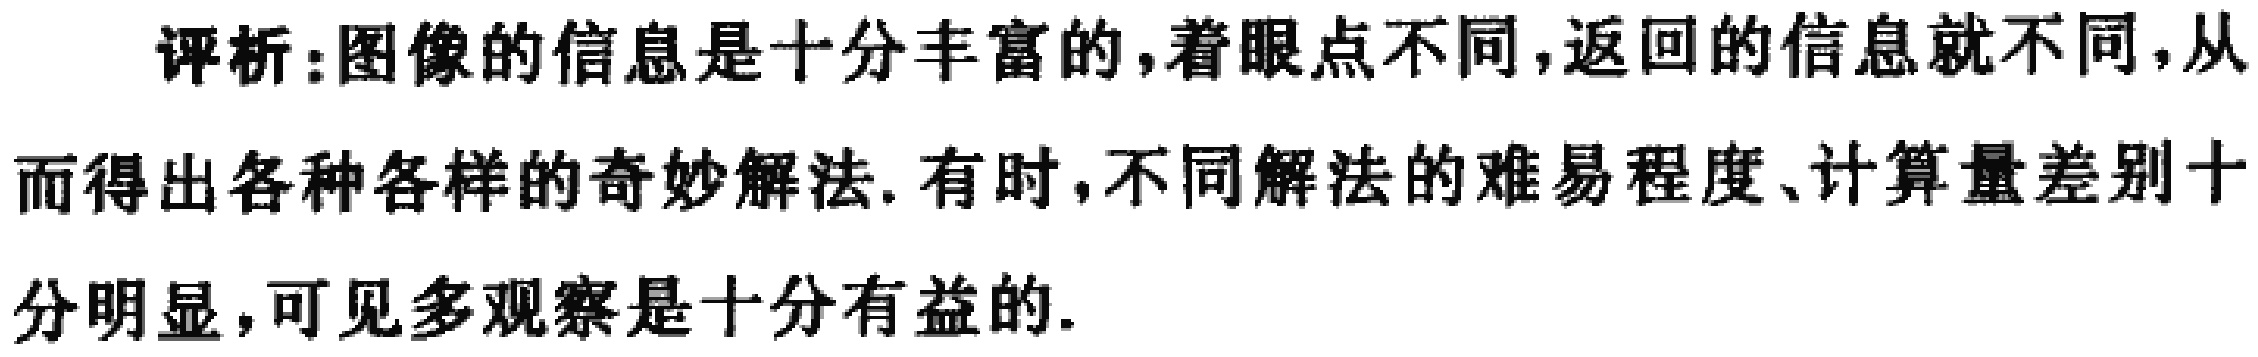
评析：图像的信息是十分丰富的,着眼点不同,返回的信息就不同,从而得出各种各样的奇妙解法. 有时,不同解法的难易程度、计算量差别十分明显,可见多观察是十分有益的.